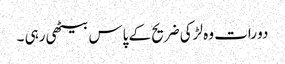
دو رات وہ لڑکی ضریح کے پاس بیٹھی رہی ۔